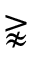
\gnapprox